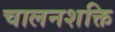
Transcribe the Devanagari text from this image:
चालनशक्ति